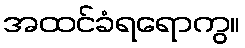
အထင်ခံရရောကွ။